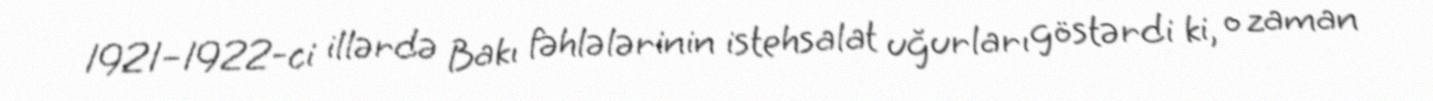
1921–1922-ci illərdə Bakı fəhlələrinin istehsalat uğurları göstərdi ki, o zaman